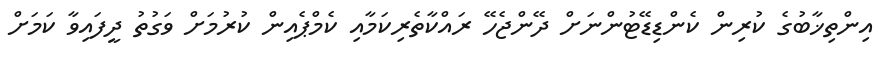
އިންތިޚާބުގެ ކުރިން ކެންޑިޑޭޓުންނަށް ދޭންޖެހޭ ރައްކާތެރިކަމާއި ކެމްޕެއިން ކުރުމަށް ވަގުތު ދީފައިވާ ކަމަށް